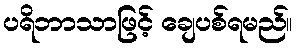
ပရိဘာသာဖြင့် ချေပစ်ရမည်။